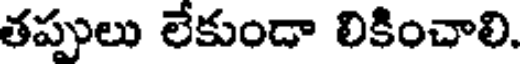
తప్పులు లేకుండా లికించాలి.